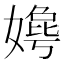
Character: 𫱦